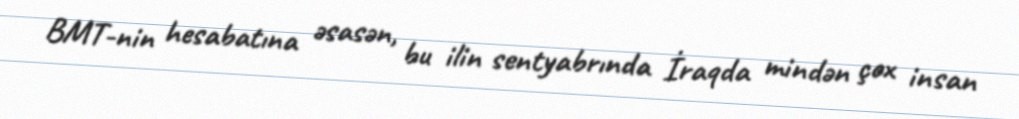
BMT-nin hesabatına əsasən, bu ilin sentyabrında İraqda mindən çox insan